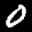
Label: 0